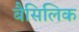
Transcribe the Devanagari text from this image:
बैसिलिक